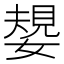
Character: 嫢